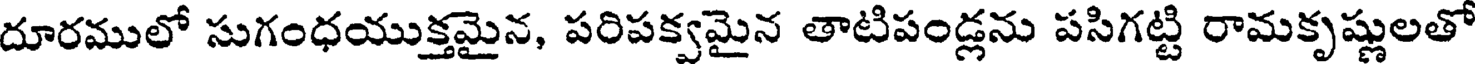
దూరములో సుగంధయుక్తమైన, పరిపక్వమైన తాటిపండ్లను పసిగట్టి రామకృష్ణులతో